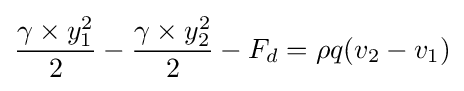
{\gamma \times y_{1}^{2} \over 2}-{\gamma \times y_{2}^{2} \over 2}-F_{d}=\rho q(v_{2}-v_{1})